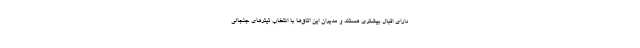
دارای اقبال بیشتری هستند و مدیران این اتاق‌ها با انتخاب تیترهای جنجالی